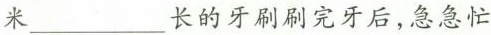
米___长的牙刷刷完牙后，急急忙